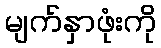
မျက်နှာဖုံးကို